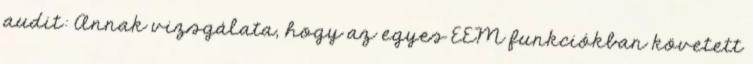
audit: Annak vizsgálata, hogy az egyes EEM funkciókban követett